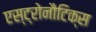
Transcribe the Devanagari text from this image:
एस्ट्रोनौटिक्स